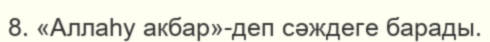
8. «Аллаһу акбар»-деп сәждеге барады.